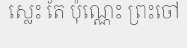
ស្លេះ តែ ប៉ុណ្ណេះ ព្រះចៅ